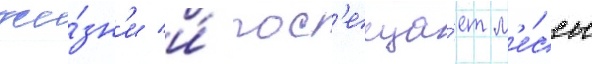
жи́зн'и и́ пос'еща́ет м'е́ссы